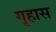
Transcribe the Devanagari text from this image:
गृहास